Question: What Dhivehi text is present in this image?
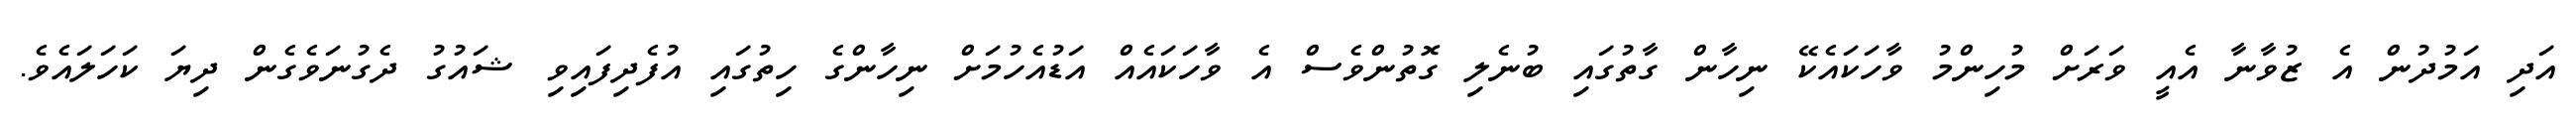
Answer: އަދި އަމުދުން އެ ޒުވާނާ އެއީ ވަރަށް މުހިންމު ވާހަކައެކޭ ނިހާން ގާތުގައި ބުނެލި ގޮތުންވެސް އެ ވާހަކައެއް އަޑުއެހުމަށް ނިހާންގެ ހިތުގައި އުފެދިފައިވި ޝައުގު ދެގުނަވެގެން ދިޔަ ކަހަލައެވެ.